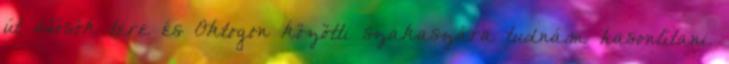
út Hősök tere és Oktogon közötti szakaszára tudnám hasonlítani.